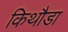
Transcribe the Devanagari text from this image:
किथौडा